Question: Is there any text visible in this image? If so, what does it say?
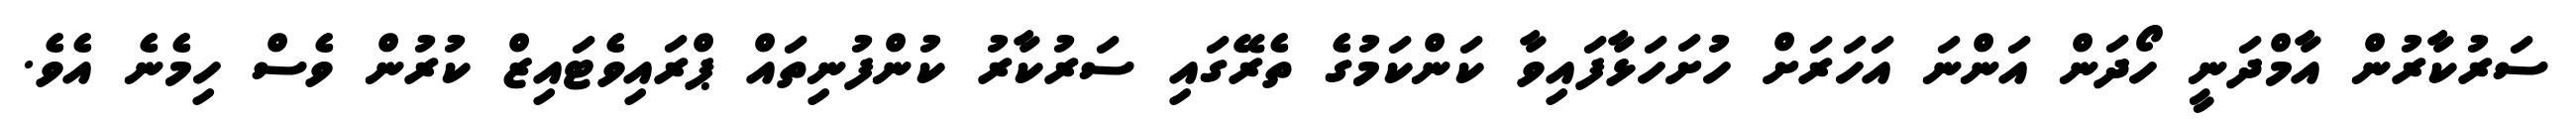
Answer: ސަރުކާރުން އާމްދަނީ ހޯދަން އަންނަ އަހަރަށް ހުށަހަޅާފައިވާ ކަންކަމުގެ ތެރޭގައި ސަރުކާރު ކުންފުނިތައް ޕްރައިވެޓައިޒް ކުރުން ވެސް ހިމެނެ އެވެ.